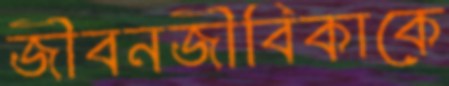
জীবনজীবিকাকে